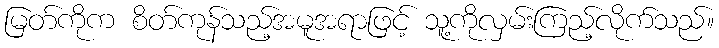
မြတ်ကိုက စိတ်ကုန်သည့်အမူအရာဖြင့် သူ့ကိုလှမ်းကြည့်လိုက်သည်။